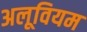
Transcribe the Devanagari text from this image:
अलूवियम